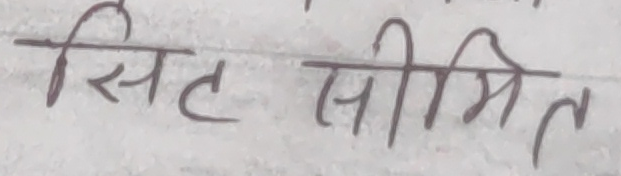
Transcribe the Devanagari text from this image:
सीमित